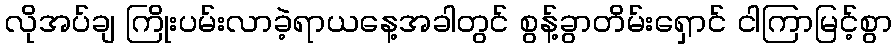
လိုအပ်ချ ကြိုးပမ်းလာခဲ့ရာယနေ့အခါတွင် စွန့်ခွာတိမ်းရှောင် ငါကြာမြင့်စွာ